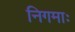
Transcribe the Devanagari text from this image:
निगमाः